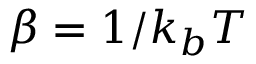
\beta = 1 / k _ { b } T